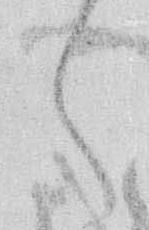
く